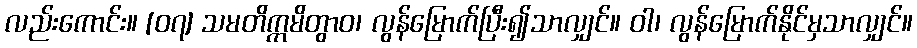
လည်းကောင်း။ [၀၇] သမတိက္ကမိတွာဝ၊ လွန်မြောက်ပြီး၍သာလျှင်။ ဝါ၊ လွန်မြောက်နိုင်မှသာလျှင်။